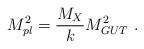
\begin{align*}M_{pl}^2 ={{ M_X} \over\displaystyle {k}} M_{GUT}^2 ~.~\,\end{align*}